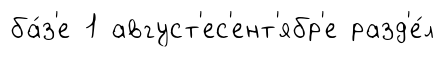
ба́з'е 1 август'ес'ент'ябр'е разд'е́л